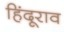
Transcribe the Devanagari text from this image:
हिंदूराव